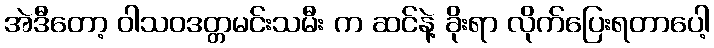
အဲဒီတော့ ဝါသဝဒတ္တမင်းသမီး က ဆင်နဲ့ ခိုးရာ လိုက်ပြေးရတာပေါ့